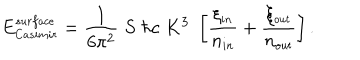
LaTeX: E _ { \small C a s i m i r } ^ { \small s u r f a c e } = { \frac { 1 } { 6 \pi ^ { 2 } } } \; S \; \hbar c \; K ^ { 3 } \; \left[ { \frac { \xi _ { \small i n } } { n _ { \small i n } } } + { \frac { \xi _ { \small o u t } } { n _ { \small o u t } } } \right] .